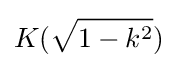
K({\sqrt {1-k^{2}}})